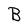
Character: B